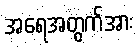
အရေအတွက်အား